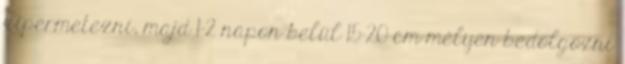
kipermetezni, majd 1-2 napon belül 15-20 cm mélyen bedolgozni